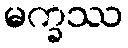
မက္ခဿ